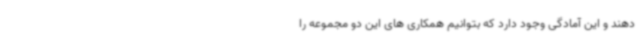
دهند و این آمادگی وجود دارد که بتوانیم همکاری های این دو مجموعه را